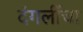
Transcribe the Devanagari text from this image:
दंगलींचा